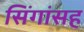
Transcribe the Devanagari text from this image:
सिंगांसह